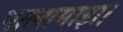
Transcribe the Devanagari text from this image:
पालामाड़ा।